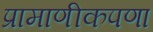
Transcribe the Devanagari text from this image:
प्रामाणीकपणा